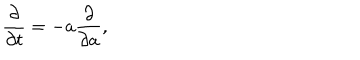
LaTeX: { \frac { \partial } { \partial t } } = - a { \frac { \partial } { \partial a } } ,